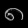
Digit: ၈